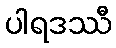
ပါရဒဿီ